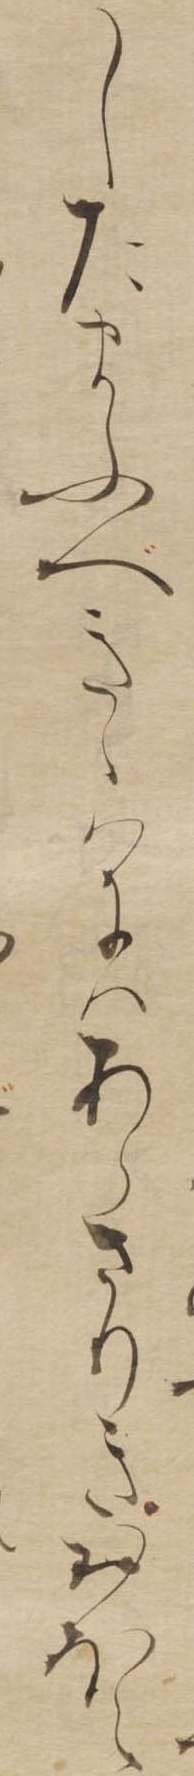
したまふべきゝはにはあらさりきおほえ